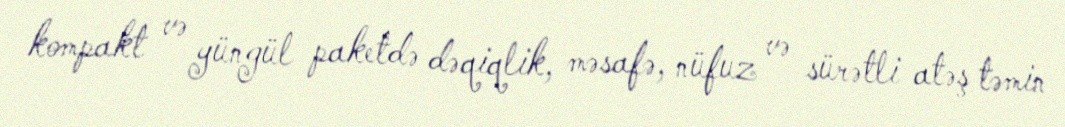
kompakt və yüngül paketdə dəqiqlik, məsafə, nüfuz və sürətli atəş təmin